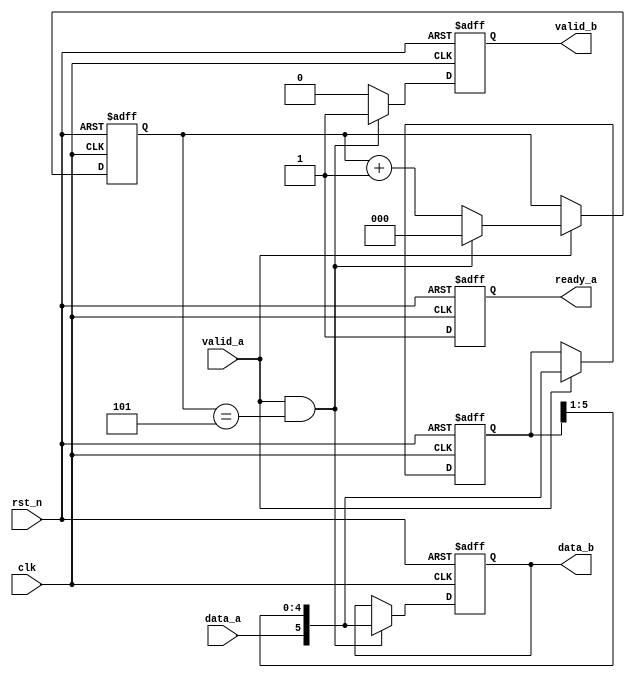
`timescale 1ns/1ns

module s_to_p(
	input 				clk 		,   
	input 				rst_n		,
	input				valid_a		,
	input	 			data_a		,
 
 	output	reg 		ready_a		,
 	output	reg			valid_b		,
	output  reg [5:0] 	data_b
);

wire add_cnt;
wire end_cnt;
reg [2:0] cnt;
reg [5:0] tmp;                    
always @(posedge clk or negedge rst_n)begin
    if(!rst_n)begin
        cnt <= 0;
    end
    else if(add_cnt)begin
        if(end_cnt)
            cnt <= 0;
        else
            cnt <= cnt + 1;
    end
end
                    
assign add_cnt = valid_a;  
assign end_cnt = add_cnt && cnt== 5; 

always  @(posedge clk or negedge rst_n)begin
    if(rst_n==1'b0)begin
        ready_a <= 0;
    end
    else begin
        ready_a <= 1;
    end
end

always  @(posedge clk or negedge rst_n)begin
    if(rst_n==1'b0)begin
        tmp <= 0;
    end
    else if(valid_a) begin
        tmp <= {data_a,tmp[5:1]};
    end
    else begin
        tmp <= tmp;
    end
end

always  @(posedge clk or negedge rst_n)begin
    if(rst_n==1'b0)begin
        data_b <= 0;
    end
    else if (end_cnt) begin
        data_b <= {data_a,tmp[5:1]};
    end
    else begin
        data_b <= data_b;
    end
end

always  @(posedge clk or negedge rst_n)begin
    if(rst_n==1'b0)begin
        valid_b <= 0;
    end
    else if (end_cnt) begin
        valid_b <= 1;
    end
    else begin
        valid_b <= 0;
    end
end


endmodule